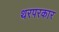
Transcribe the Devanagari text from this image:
थरपरकार